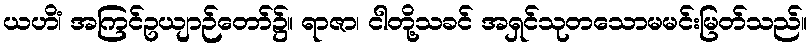
ယဟိံ၊ အကြင်ဥယျာဉ်တော်၌။ ရာဇာ၊ ငါတို့သခင် အရှင်သုတသောမမင်းမြတ်သည်။